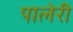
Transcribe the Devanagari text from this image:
पालेरी